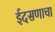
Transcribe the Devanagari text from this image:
ईदसणाचा